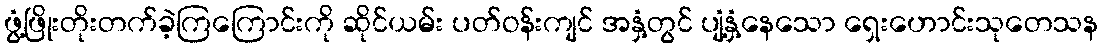
ဖွံ့ဖြိုးတိုးတက်ခဲ့ကြကြောင်းကို ဆိုင်ယမ်း ပတ်ဝန်းကျင် အနှံ့တွင် ပျံ့နှံ့နေသော ရှေးဟောင်းသုတေသန